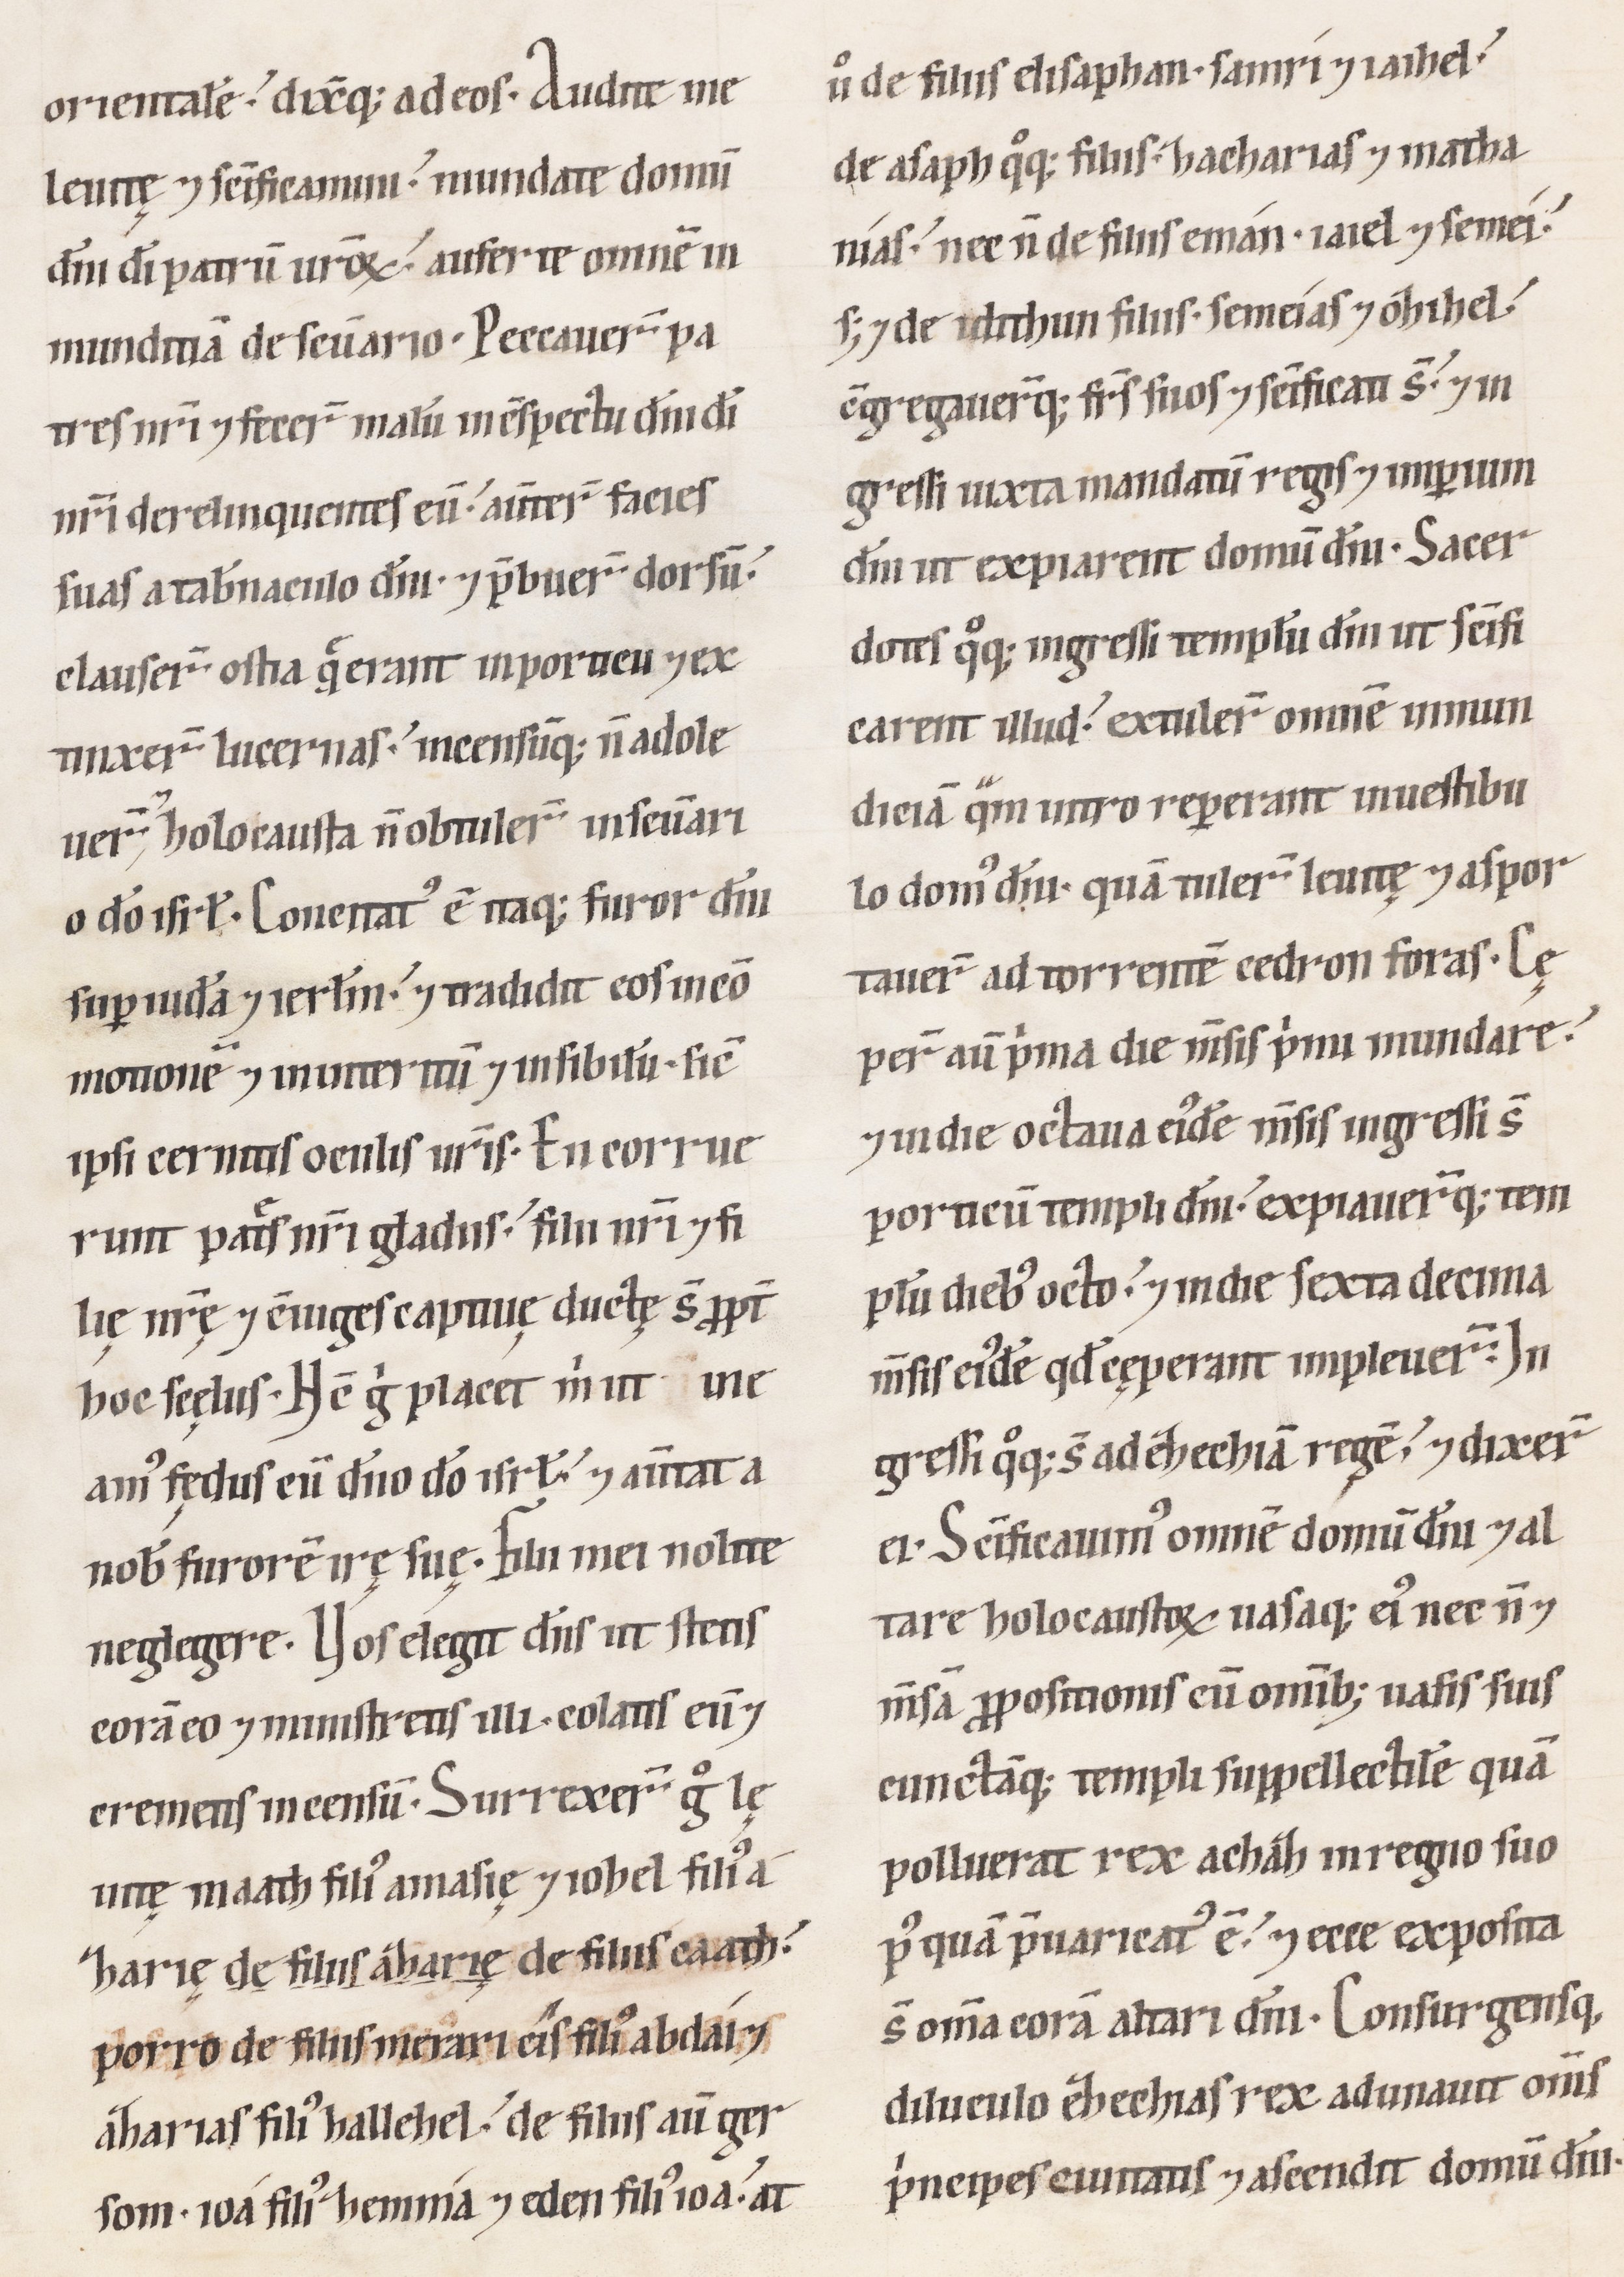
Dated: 1100–1199